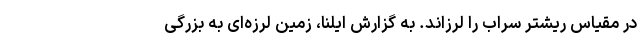
در مقیاس ریشتر سراب را لرزاند. به گزارش ایلنا، زمین لرزه‌ای به بزرگی